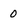
Character: O